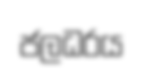
ජලධරය